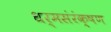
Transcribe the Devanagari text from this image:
धर्मसंरंक्षण